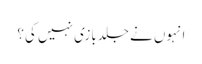
انہوں نے جلدبازی نہیں کی؟